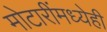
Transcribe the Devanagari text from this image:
मोटारींमध्येही